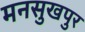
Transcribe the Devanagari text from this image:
मनसुखपुर